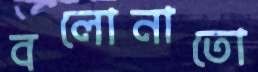
বলোনাতো